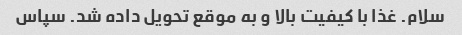
سلام. غذا با کیفیت بالا و به موقع تحویل داده شد. سپاس